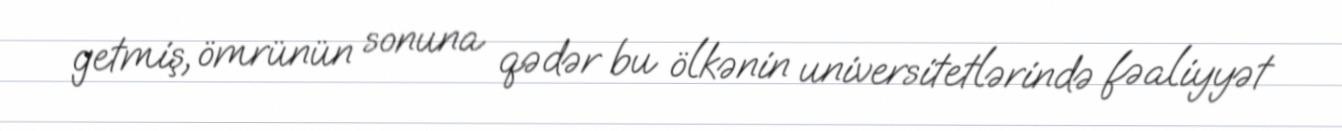
getmiş, ömrünün sonuna qədər bu ölkənin universitetlərində fəaliyyət